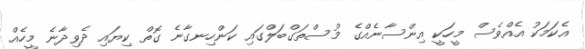
އެކަމަކު އެއްވެސް މީހަކީ އިންސާނެއްގެ މުސްތަގްބަލްގައި ކަންހިނގާނެ ގޮތް ކިޔައި ދެވިދާނެ މީހެއް